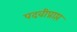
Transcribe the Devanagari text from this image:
पदवीप्राप्त